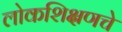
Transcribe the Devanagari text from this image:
लोकशिक्षणचे